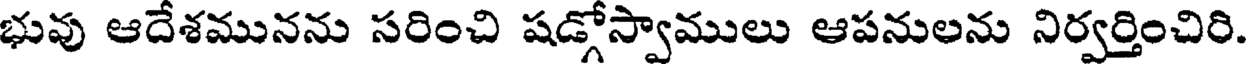
భువు ఆదేశమునను సరించి షడ్గోస్వాములు ఆపనులను నిర్వర్తించిరి.